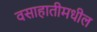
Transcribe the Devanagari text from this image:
वसाहातीमधील